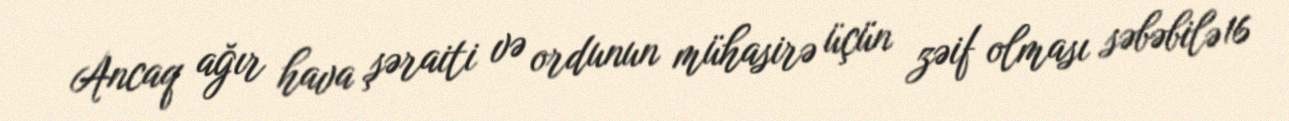
Ancaq ağır hava şəraiti və ordunun mühasirə üçün zəif olması səbəbilə 16